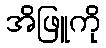
အိဖြူကို